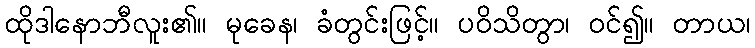
ထိုဒါနောဘီလူး၏။ မုခေန၊ ခံတွင်းဖြင့်။ ပဝိသိတွာ၊ ဝင်၍။ တာယ၊